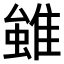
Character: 𨿽